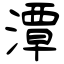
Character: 潭